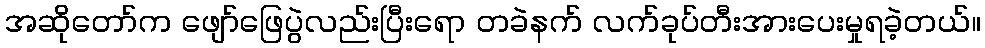
အဆိုတော်က ဖျော်ဖြေပွဲလည်းပြီးရော တခဲနက် လက်ခုပ်တီးအားပေးမှုရခဲ့တယ်။